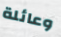
وعائلة